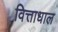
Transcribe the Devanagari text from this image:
वित्ताधाल